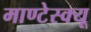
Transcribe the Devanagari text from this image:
माण्टेस्क्यू